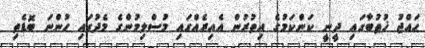
ޙައްޖު ޚުޠުބާގައި ދީނީ ކަންކަމުގެ އިތުރުން އެއިރެއްގައި މުސްލިމުންގެ މެދުގައި ހުންނަ ބޮޑެތި